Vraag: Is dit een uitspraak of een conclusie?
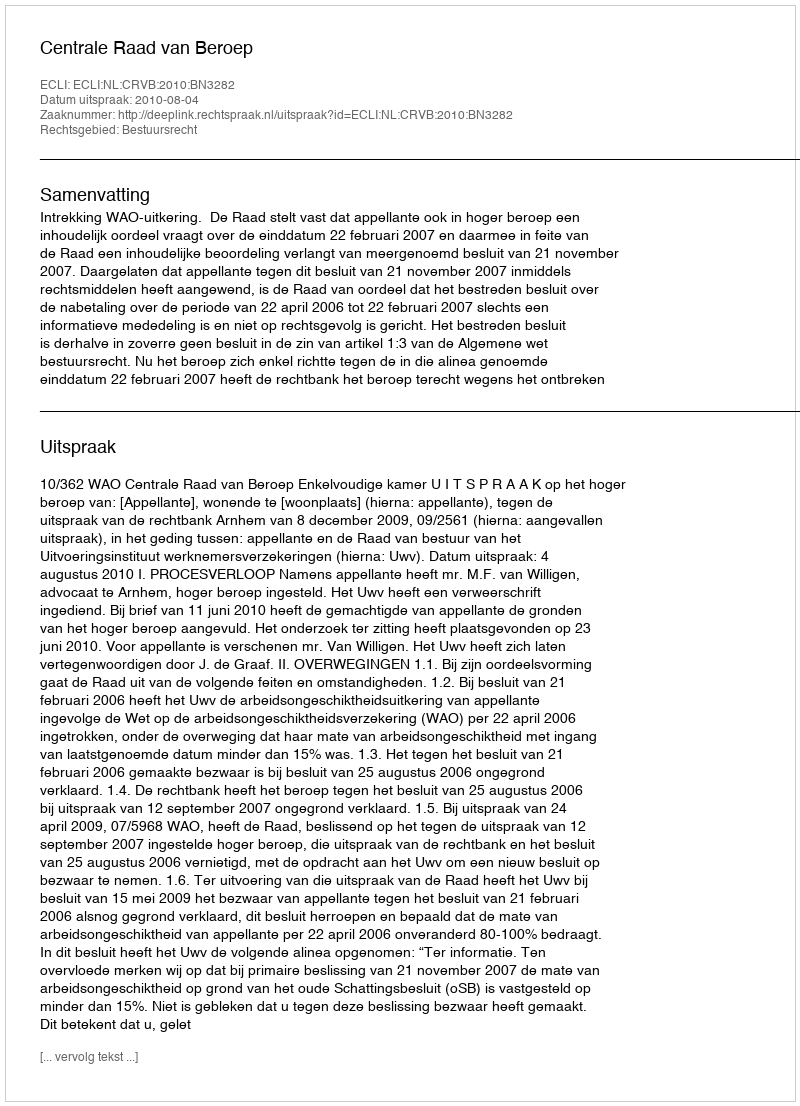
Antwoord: Uitspraak